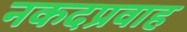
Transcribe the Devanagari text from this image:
नकदप्रवाह